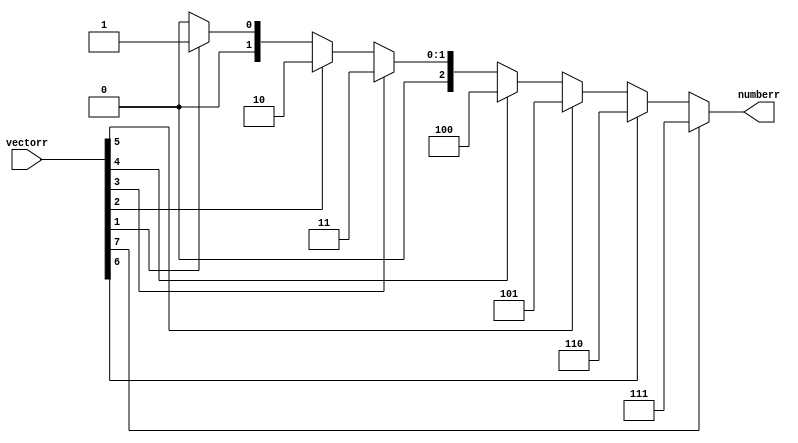
// Create the module "Priority encoder 8->3".
// It defines the number of the highest unit in the 8-bit sector

module encoder(
    input wire [7:0] vectorr,
    output wire [2:0] numberr
);
assign numberr = vectorr[7] ? 3'h7 : 
vectorr[6] ? 3'h6 : 
vectorr[5] ? 3'h5 : 
vectorr[4] ? 3'h4 : 
vectorr[3] ? 3'h3 : 
vectorr[2] ? 3'h2 : 
vectorr[1] ? 3'h1 : 3'h0;
endmodule